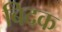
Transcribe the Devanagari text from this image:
बिदक